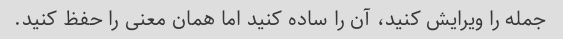
جمله را ویرایش کنید، آن را ساده کنید اما همان معنی را حفظ کنید.